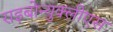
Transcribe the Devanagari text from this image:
राइबोन्युक्लीएस